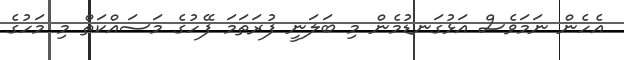
އެހެން ނަމަވެސް އަޅުގަނޑުމެން މި ބަލަނީ ފުރަތަމަ ފޭހުގެ މަސައްކަތް މި މަހުގެ